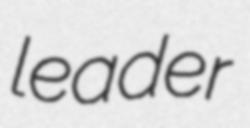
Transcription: leader